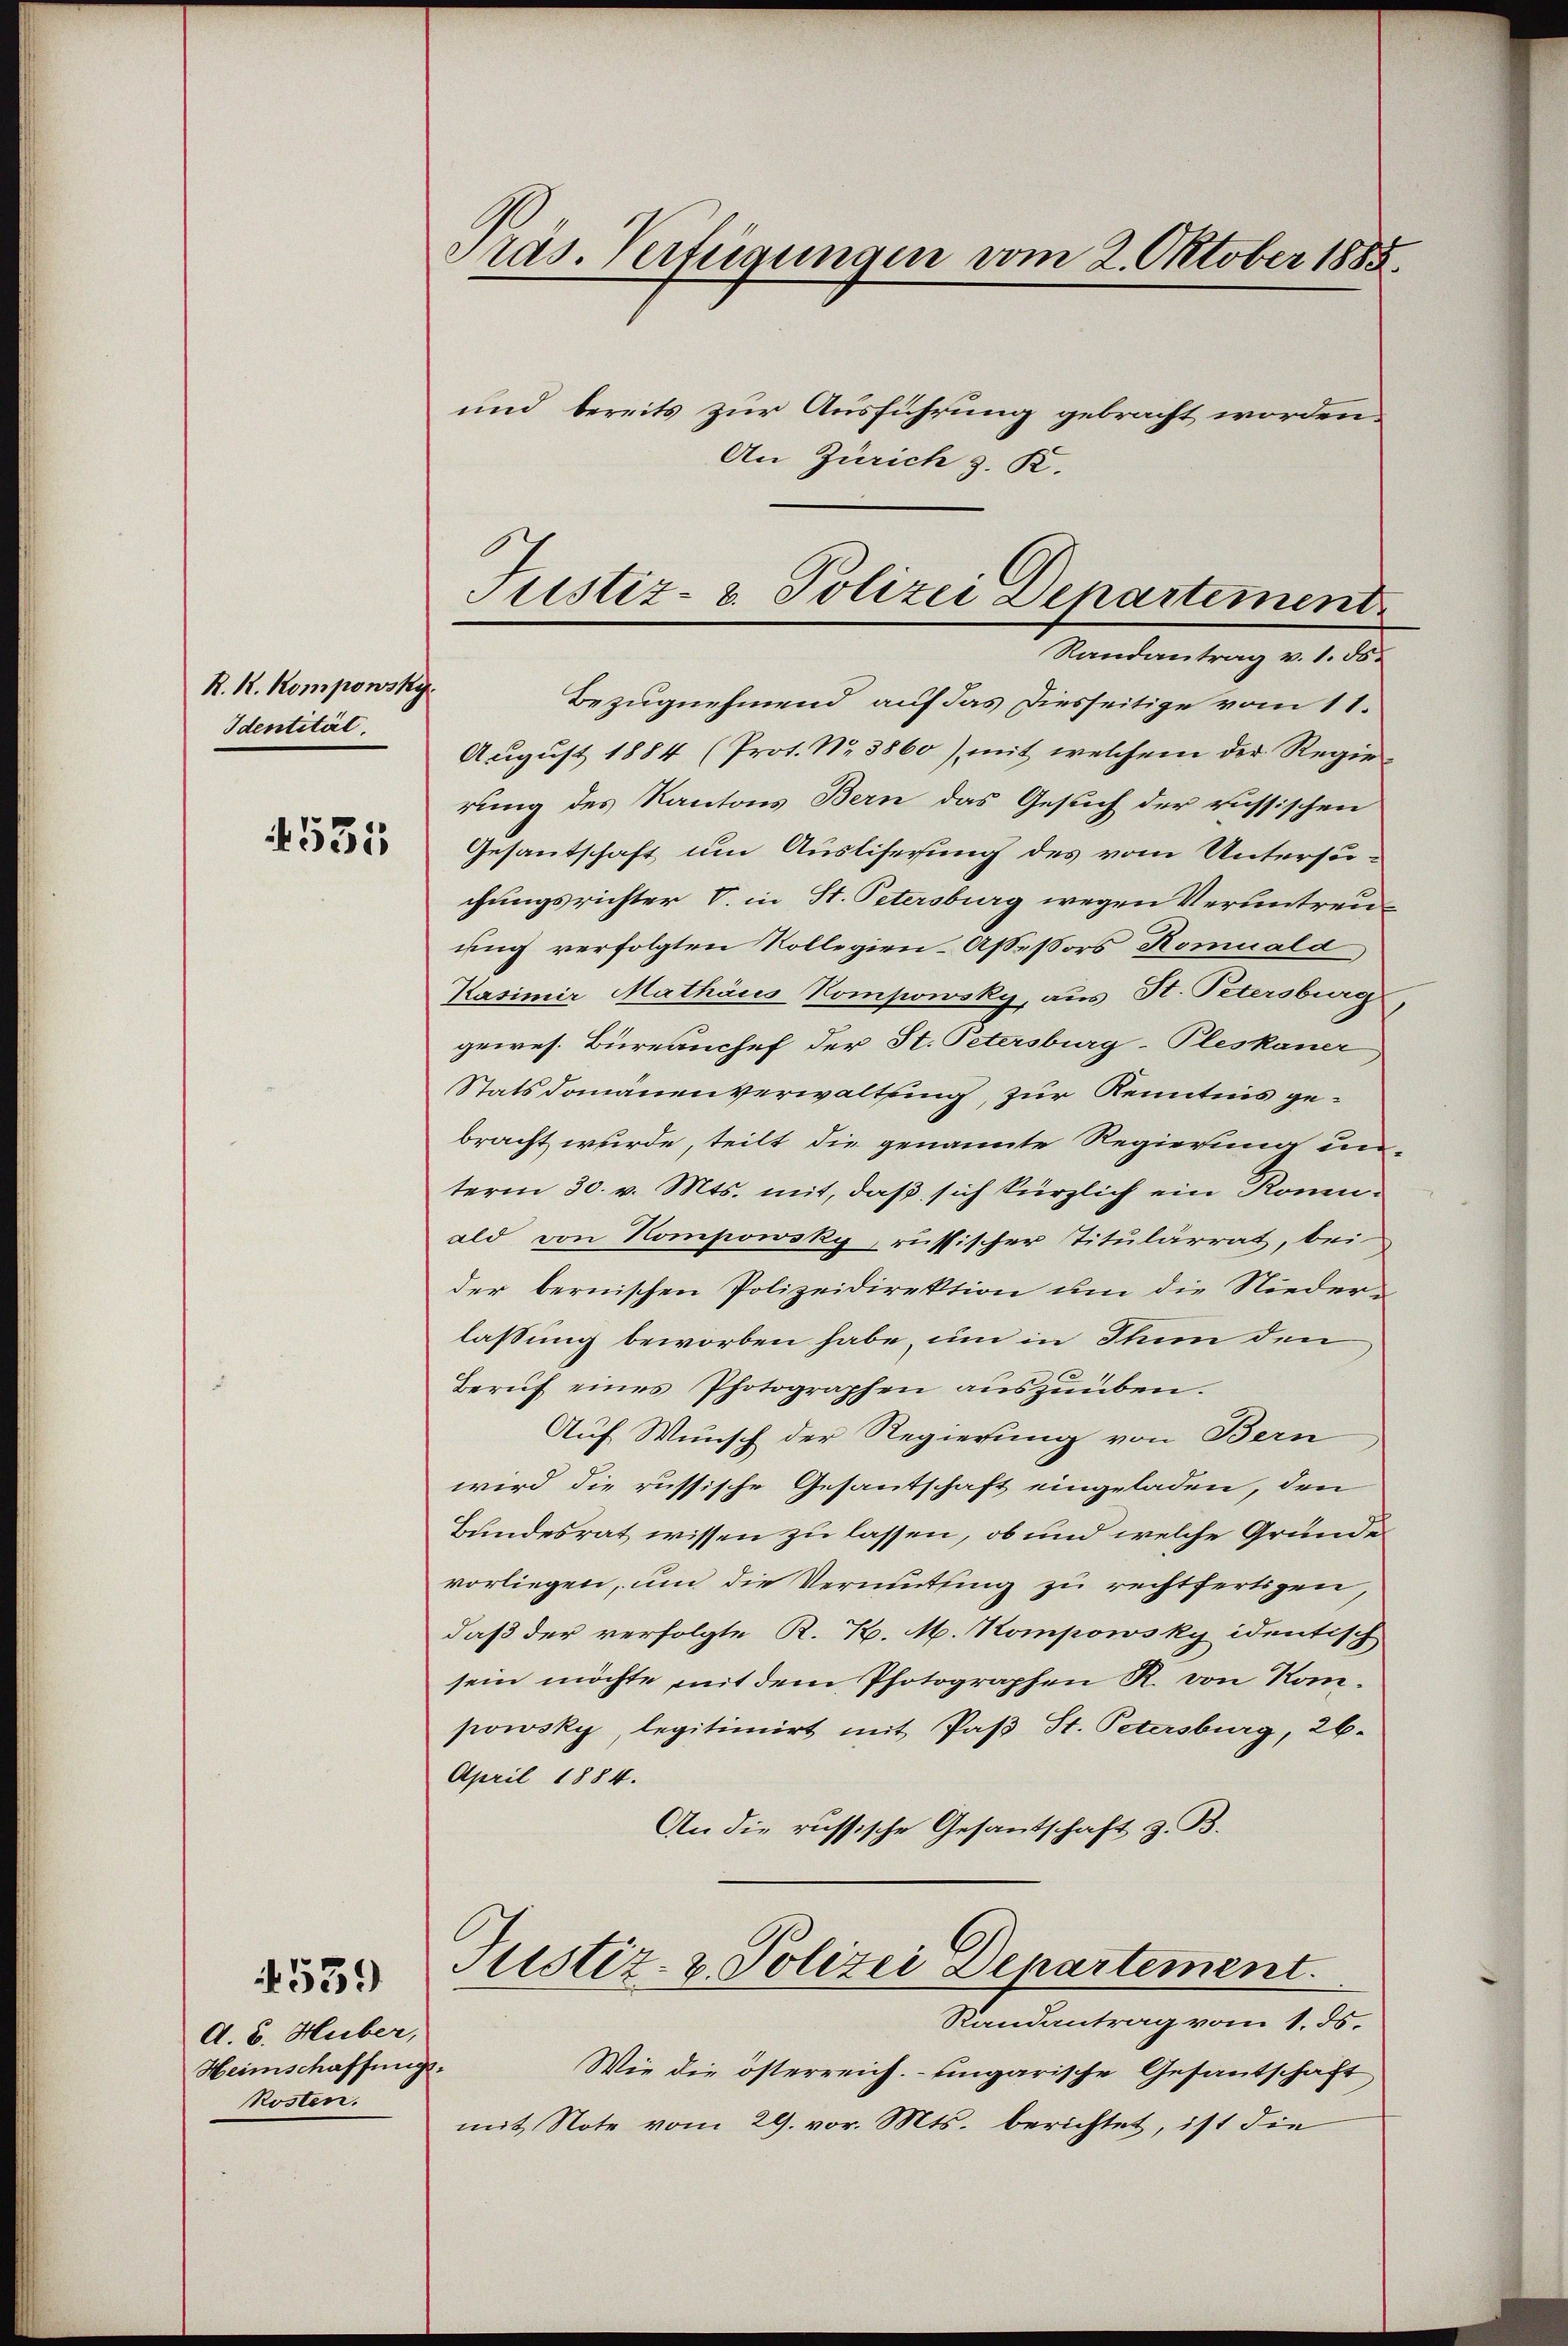
R. R. Kompowsky
Identität
531

A. B. Huber,
Heimschaffung
kosten.

539

Pras. Verfügungen vom 2. Oktober 1885.
und bereits zur Ausführung gebracht worden.
An Zürich z. R.

Justiz- & Polizei Departement
Randantrag v. 1. ds.
Bezugnehmend auf das Diesseitige vom 11.

August 1884 (Prot. No 3860), mit welchem der Regie
rung des Kantons Bern das Gesuch der russischen
Gesantschaft um Ausliferung des vom Untersuchungsrichter V. in St. Petersburg wegen Veruntreuung verfolgten Kollegien-Assessors Komuald,
Kasimir Mathäus Kompowsky, aus St. Petersburg
gewes. Büreauchef der St. Petersburg-Pleskaner
Statsdomänenverwaltung, zur Kenntnis ge-
bracht wurde, teilt die genannte Regierung un-
term 30. v. Mts. mit, daß sich kürzlich ein Konald von Kompowsky russischer Titularrat, bei
der bernischen Polizeidirektion um die Nieder-
lassung beworben habe, um in Thun den
Berŭf eines Photographen aŭszŭüben.
Auf Wunsch der Regierung von Bern
wird die russische Gesantschaft eingeladen, den
Bundesrat wissen zu lassen, ob und welche Gründe
vorliegen, um die Vermutung zu rechtfertigen
daß der verfolgte K. K. M. Kompowsky identisch
sein möchte mit dem Photographen R. von Kompowsky, legitimirt mit Paβ St. Petersburg, 26.
April 1884.
An die russische Gesantschaft z. B.
Justiz- & Polizei Departement.
Randantrag vom 1. ds.
.
Wie die österreich. Eingarische Gesantschaft
mit Note vom 29. vor. Mts. berichtet, ist die